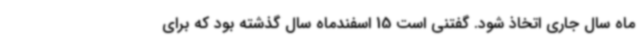
ماه سال جاری اتخاذ شود. گفتنی است 15 اسفندماه سال گذشته بود که برای